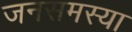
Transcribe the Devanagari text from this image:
जनसमस्या